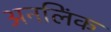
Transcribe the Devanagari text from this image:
अनलिंक